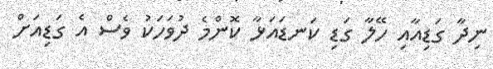
ނިދާ ގަޑިއާއި ހޭލާ ގަޑި ކަނޑައަޅާ ކޮންމެ ދުވަހަކު ވެސް އެ ގަޑިއަށް